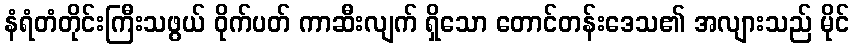
နံရံတံတိုင်းကြီးသဖွယ် ဝိုက်ပတ် ကာဆီးလျက် ရှိသော တောင်တန်းဒေသ၏ အလျားသည် မိုင်